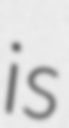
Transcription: is